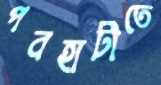
পবহাটীতে